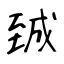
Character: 臹